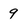
Character: 9